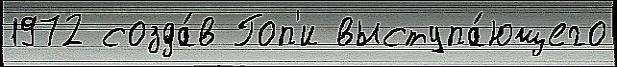
1972 созда́в Гоп'и выступа́ющего